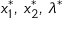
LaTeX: x _ { 1 } ^ { * } , \, x _ { 2 } ^ { * } , \, \lambda ^ { * }